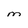
Character: M